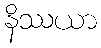
နိဿယာ